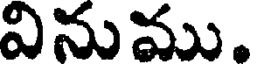
వినుము.